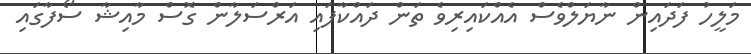
މަލީހު ފަދައިން ނާޔަލްވެސް އެއްކައިރިވެ ތަން ދައްކާފައި އަރްސަލާން ގޮސް މާއިޝާ ސޯފާގައި